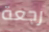
رجعة